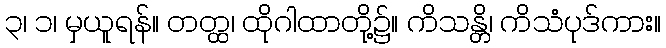
၃၊ ၁၊ မှယူရန်။ တတ္ထ၊ ထိုဂါထာတို့၌။ ကိသန္တိ၊ ကိသံပုဒ်ကား။